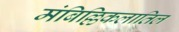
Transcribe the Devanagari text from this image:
मंबिल्लिकलातिल